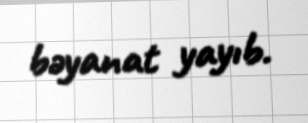
bəyanat yayıb.